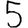
Digit: 5